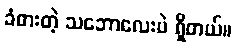
ခံစားတဲ့ သဘောလေးပဲ ရှိတယ်။